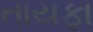
તાયફા